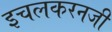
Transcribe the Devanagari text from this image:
इचलकरनजी